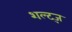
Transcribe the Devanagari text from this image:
शल्ट्ज़